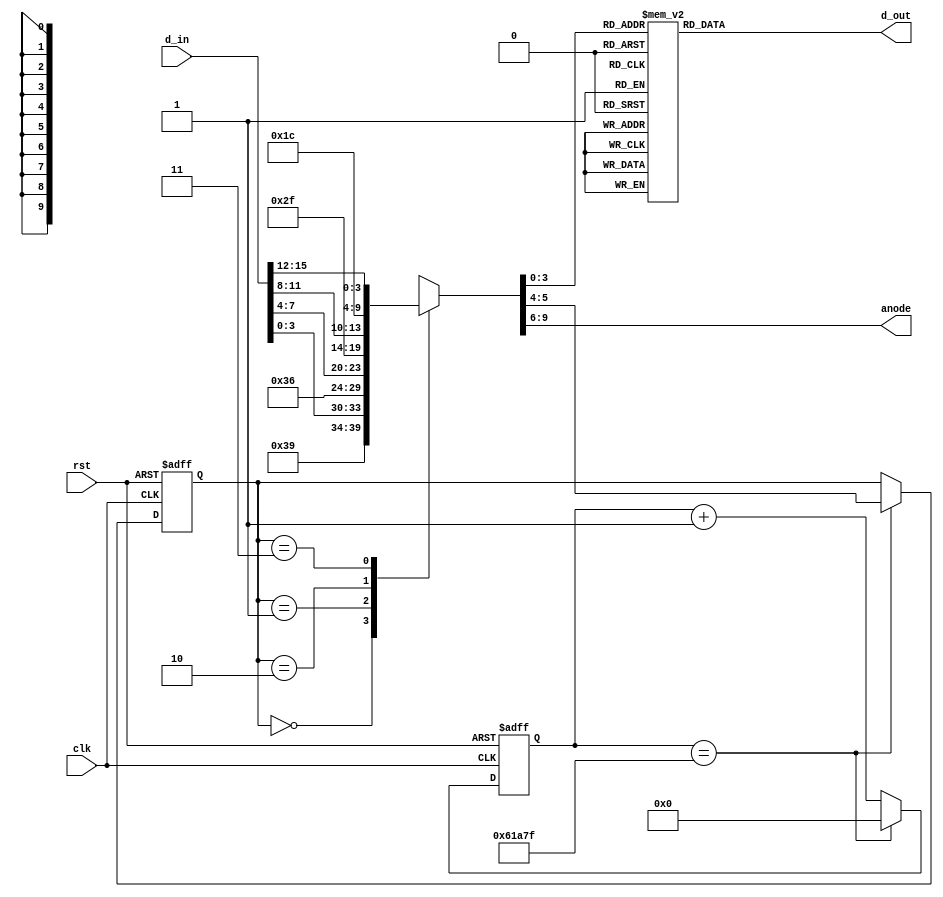
`timescale 1ns / 1ps
//****************************************************************//
//  This document contains information proprietary to the         //
//  CSULB student that created the file - any reuse without       //
//  adequate approval and documentation is prohibited             //
//                                                                //
//  Class: <CECS 460>                                             //
//  Project name: <Project 2>                                     //
//                                                                //
//  Created by <Chou Thao> on <9/14/16>.                          //
//  Copyright  2016 <Chou Thao>. All rights reserved.            //
//                                                                //
//  Abstract: <This is a finite state machine which separates a   //
//             16 bit input into four 4 bit registers. Each 4 bit //
//             register is converted to a 7 bit value correspond- //
//             ing to a hex representation on a seven segment dis-//
//             play.>                                             //
//                                                                //
//  Edit history: <keep track of changes to the file>             //
//                                                                //
//  In submitting this file for class work at CSULB               //
//  I am confirming that this is my work and the work             //
//  of no one else.                                               //
//                                                                //
//  In the event other code sources are utilized I will           //
//  document which portion of code and who is the author          //
//                                                                //
// In submitting this code I acknowledge that plagiarism          //
// in student project work is subject to dismissal from the class //
//****************************************************************//
module sev_seg_fsm(clk, rst, d_in, d_out, anode);
   input             clk, rst;
	input      [15:0] d_in;
	output reg  [6:0] d_out;
	output reg  [3:0] anode;
   
	reg   [1:0] p_state, n_state;
	reg   [3:0] number;
	reg  [18:0] count;
	wire        led_clk;
	
	// generate a led_clk pulse when
	// count reaches desired value
	assign led_clk = (count==399999);
	
	// if rst or led_clk is high reset
   //	count register to 19'b0 else
	// keep incrementing the count
	// register by 19'b1
	always@(posedge clk, posedge rst)
	   if(rst)
		   count <= 19'b0;
		else if(led_clk)
		   count <= 19'b0;
		else
		   count <= count + 19'b1;
	
   // dependent on a 4 bit register
	// number generate a 7 bit co-
	// respondant to the 4 bit value
	// in hex on a seven segment dis-
	// play
	always@(number)
	   case(number)
		   4'h0: d_out = 7'b0000001;
		   4'h1: d_out = 7'b1001111;
		   4'h2: d_out = 7'b0010010;
		   4'h3: d_out = 7'b0000110;
		   4'h4: d_out = 7'b1001100;
		   4'h5: d_out = 7'b0100100;
		   4'h6: d_out = 7'b0100000;
		   4'h7: d_out = 7'b0001101;
		   4'h8: d_out = 7'b0000000;
		   4'h9: d_out = 7'b0001100;
		   4'hA: d_out = 7'b0001000;
		   4'hB: d_out = 7'b1100000;
		   4'hC: d_out = 7'b0110001;
		   4'hD: d_out = 7'b1000010;
		   4'hE: d_out = 7'b0110000;
		   4'hF: d_out = 7'b0111000;
		endcase
	
	// if rst is high reset p_state
	// to 2'b00 (initial state) else
	// load p_state with n_state
	always@(posedge clk, posedge rst)
	   if(rst)
		   p_state = 2'b00;
		else if (led_clk)
		   p_state = n_state;
	
   // dependent on a 2 bit register
   // p_state switch the values
   // associated with 4 bit register
   // anode, 2 bit register n_state
   //	and 4 bit register number to
	// one of 4 predetermined values
	always@(*)
		case(p_state)
		   2'b00: {anode, n_state, number} = {4'b1110, 2'b01, d_in[3:0]}; 
		   2'b01: {anode, n_state, number} = {4'b1101, 2'b10, d_in[7:4]}; 
		   2'b10: {anode, n_state, number} = {4'b1011, 2'b11, d_in[11:8]}; 
		   2'b11: {anode, n_state, number} = {4'b0111, 2'b00, d_in[15:12]}; 
		endcase
	
endmodule